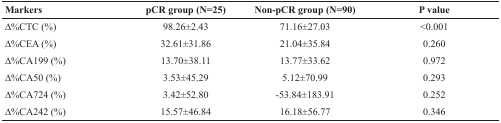
<table><thead><tr><td><b>Markers</b></td><td><b>pCR group (N=25)</b></td><td><b>Non-pCR group (N=90)</b></td><td><b>P value</b></td></tr></thead><tbody><tr><td>Δ%CTC (%)</td><td>98.26±2.43</td><td>71.16±27.03</td><td>&lt;0.001</td></tr><tr><td>Δ%CEA (%)</td><td>32.61±31.86</td><td>21.04±35.84</td><td>0.260</td></tr><tr><td>Δ%CA199 (%)</td><td>13.70±38.11</td><td>13.77±33.62</td><td>0.972</td></tr><tr><td>Δ%CA50 (%)</td><td>3.53±45.29</td><td>5.12±70.99</td><td>0.293</td></tr><tr><td>Δ%CA724 (%)</td><td>3.42±52.80</td><td>−53.84±183.91</td><td>0.252</td></tr><tr><td>Δ%CA242 (%)</td><td>15.57±46.84</td><td>16.18±56.77</td><td>0.346</td></tr></tbody></table>